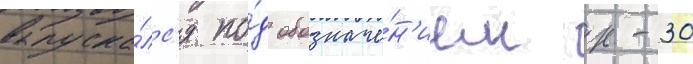
выпуска́лс'я по́д обозначе́н'ием к-30